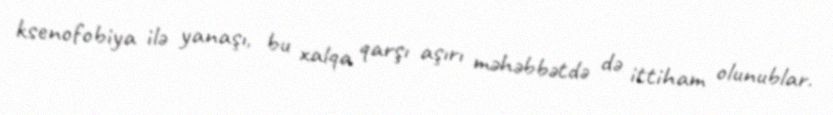
ksenofobiya ilə yanaşı, bu xalqa qarşı aşırı məhəbbətdə də ittiham olunublar.